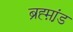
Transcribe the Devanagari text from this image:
ब्रह्म़ा़ंड